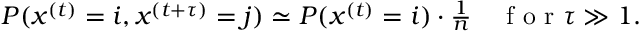
\begin{array} { r } { P ( x ^ { ( t ) } = i , x ^ { ( t + \tau ) } = j ) \simeq P ( x ^ { ( t ) } = i ) \cdot \frac { 1 } { n } \quad \mathrm { ~ f ~ o ~ r ~ } \tau \gg 1 . } \end{array}